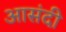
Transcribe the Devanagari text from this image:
आसंदी